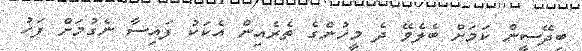
ބިދޭސީން ކަމަށް ބެލެވޭ ދެ މީހުންގެ ތެރެއިން އެކަކު ފައިސާ ނެގުމަށް ފަހު